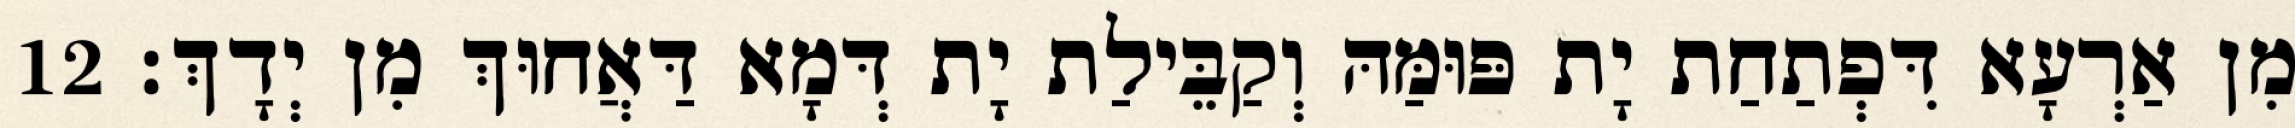
מִן אַרְעָא דִּפְתַחַת יָת פּוּמַּהּ וְקַבֵּילַת יָת דְּמָא דַּאֲחוּךְ מִן יְדָךְ׃ 12